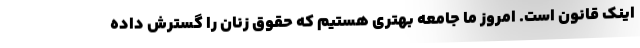
اینک قانون است. امروز ما جامعه بهتری هستیم که حقوق زنان را گسترش داده